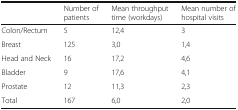
|  | Number of patients | Mean throughput time (workdays) | Mean number of hospital visits |
 | --- | --- | --- | --- |
 | Colon/Rectum | 5 | 12,4 | 3 |
 | Breast | 125 | 3,0 | 1,4 |
 | Head and Neck | 16 | 17,2 | 4,6 |
 | Bladder | 9 | 17,6 | 4,1 |
 | Prostate | 12 | 11,3 | 2,3 |
 | Total | 167 | 6,0 | 2,0 |